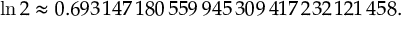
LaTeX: \ln 2 \approx 0 . 6 9 3 \, 1 4 7 \, 1 8 0 \, 5 5 9 \, 9 4 5 \, 3 0 9 \, 4 1 7 \, 2 3 2 \, 1 2 1 \, 4 5 8 .